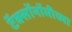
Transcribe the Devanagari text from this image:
टॅक्सॉनॉमीच्या